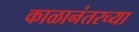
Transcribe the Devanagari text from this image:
काळानंतरच्या